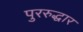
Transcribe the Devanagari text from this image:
पुररुद्धार